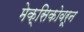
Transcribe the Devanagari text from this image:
मेक्सिकोवरून